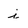
Character: i